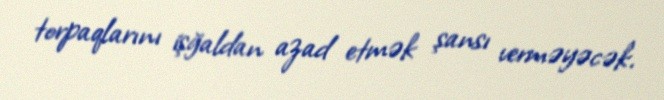
torpaqlarını işğaldan azad etmək şansı verməyəcək.